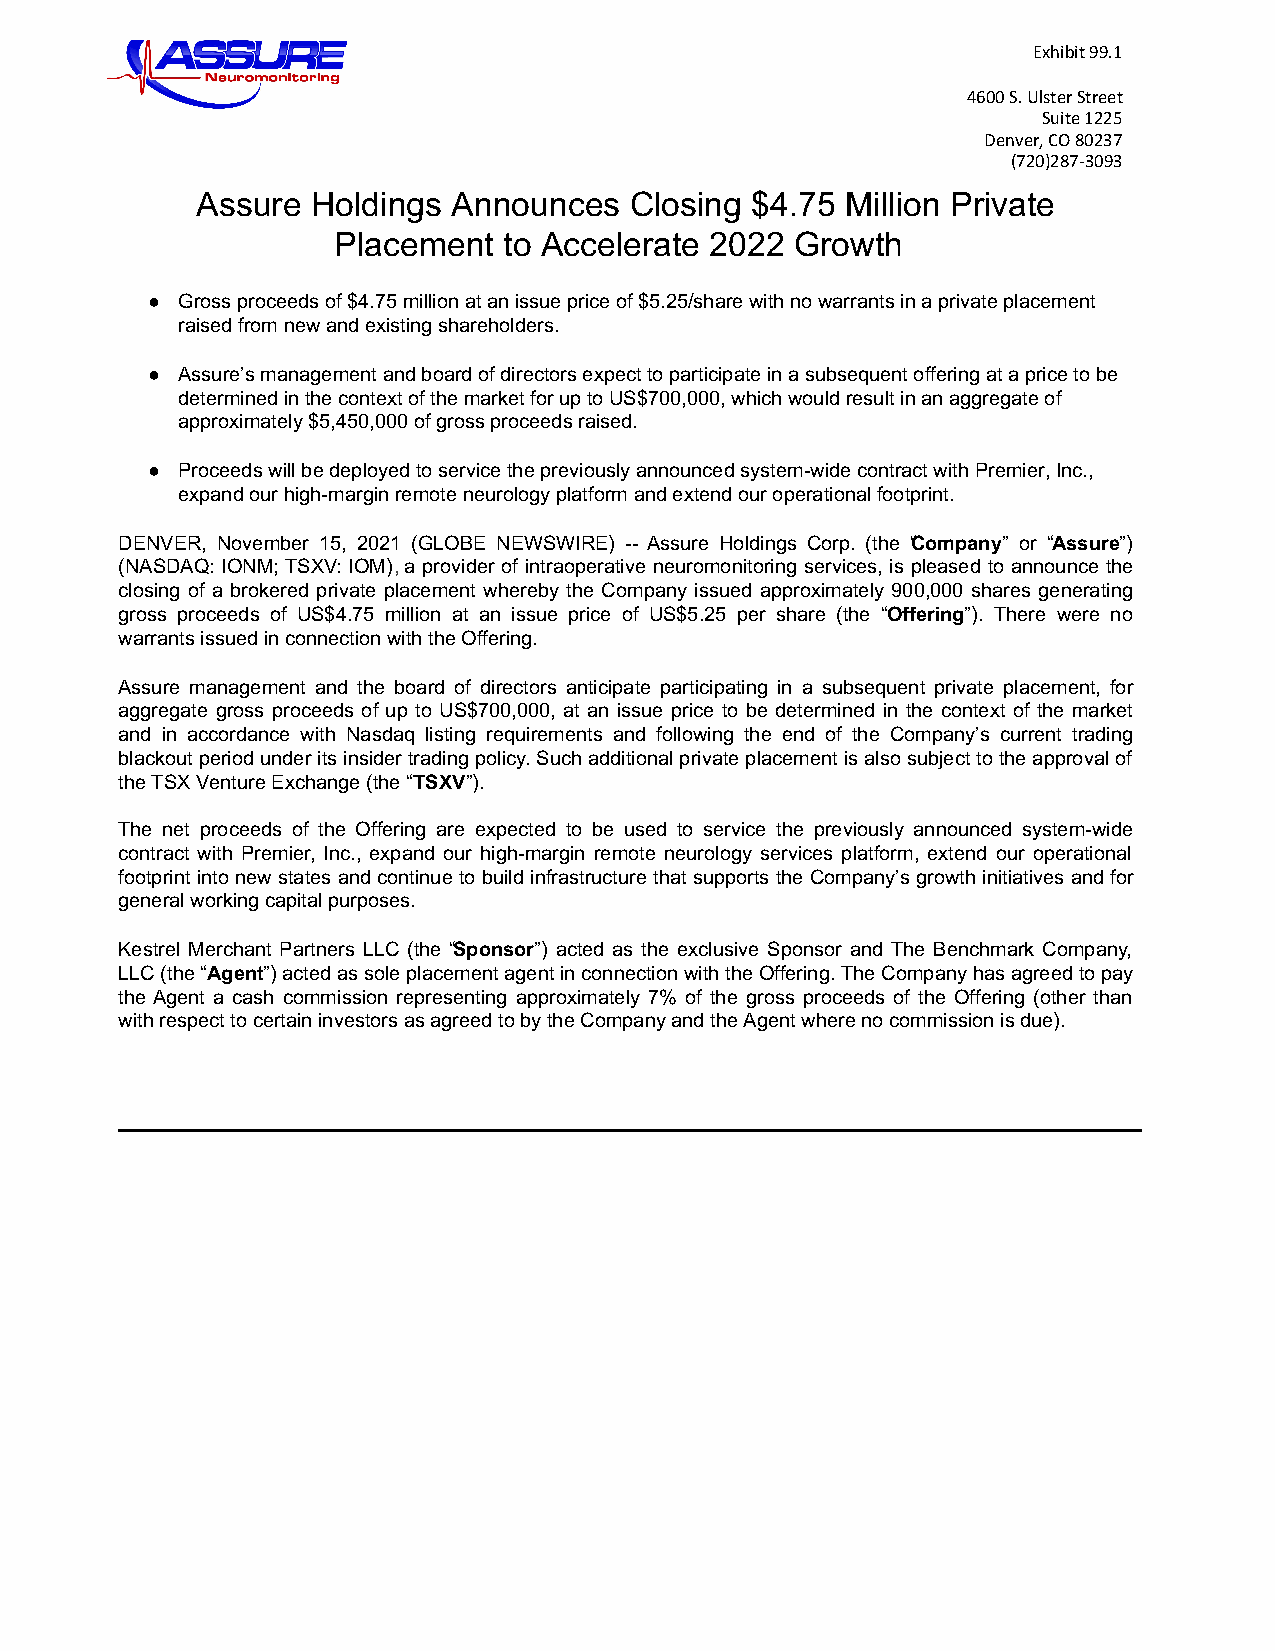
Exhibit 99.1
 4600 S. Ulster Street
 Suite 1225
 Denver, CO 80237
 (720)287-3093
 Assure  Holdings Announces   Closing $4.75 Million Private
 Placement  to Accelerate 2022  Growth
 ● Gross proceeds of $4.75 million at an issue price of $5.25/share with no warrants in a private placement
 raised from new and existing shareholders.
 ● Assure’s management and board of directors expect to participate in a subsequent offering at a price to be
 determined in the context of the market for up to US$700,000, which would result in an aggregate of
 approximately $5,450,000 of gross proceeds raised.
 ● Proceeds will be deployed to service the previously announced system-wide contract with Premier, Inc.,
 expand our high-margin remote neurology platform and extend our operational footprint.
 DENVER, November 15, 2021 (GLOBE NEWSWIRE) -- Assure Holdings Corp. (the “Company” or “Assure”)
 (NASDAQ: IONM; TSXV: IOM), a provider of intraoperative neuromonitoring services, is pleased to announce the
 closing of a brokered private placement whereby the Company issued approximately 900,000 shares generating
 gross proceeds of US$4.75 million at an issue price of US$5.25 per share (the “Offering”). There were no
 warrants issued in connection with the Offering.
 Assure management and the board of directors anticipate participating in a subsequent private placement, for
 aggregate gross proceeds of up to US$700,000, at an issue price to be determined in the context of the market
 and in accordance with Nasdaq listing requirements and following the end of the Company’s current trading
 blackout period under its insider trading policy. Such additional private placement is also subject to the approval of
 the TSX Venture Exchange (the “TSXV”).
 The net proceeds of the Offering are expected to be used to service the previously announced system-wide
 contract with Premier, Inc., expand our high-margin remote neurology services platform, extend our operational
 footprint into new states and continue to build infrastructure that supports the Company’s growth initiatives and for
 general working capital purposes.
 Kestrel Merchant Partners LLC (the “Sponsor”) acted as the exclusive Sponsor and The Benchmark Company,
 LLC (the “Agent”) acted as sole placement agent in connection with the Offering. The Company has agreed to pay
 the Agent a cash commission representing approximately 7% of the gross proceeds of the Offering (other than
 with respect to certain investors as agreed to by the Company and the Agent where no commission is due).